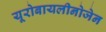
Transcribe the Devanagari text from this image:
यूरोबायलीनोजेन